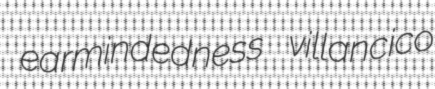
earmindedness villancico